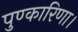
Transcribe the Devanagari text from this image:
पुण्कारिणा।